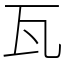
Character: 瓦